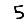
Digit: 5